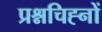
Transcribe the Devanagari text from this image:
प्रश्नचिह्नों